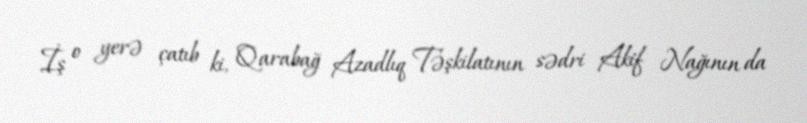
İş o yerə çatıb ki, Qarabağ Azadlıq Təşkilatının sədri Akif Nağının da